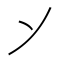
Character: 𬼀